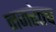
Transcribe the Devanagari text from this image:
नजरेतच